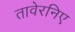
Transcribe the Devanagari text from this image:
तावेरनिए